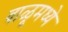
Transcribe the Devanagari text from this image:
वाळूमध्ये